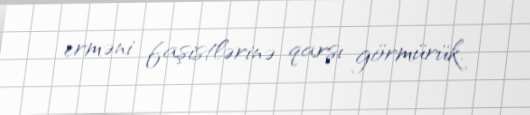
erməni faşistlərinə qarşı görmürük.